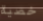
خصية